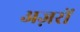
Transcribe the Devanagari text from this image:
अज़रों